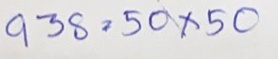
938 = 50 x 50